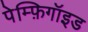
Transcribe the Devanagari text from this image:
पेम्फ़िगॉइड